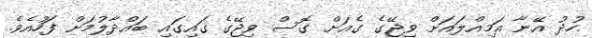
ހުދު އޭނާ އަމިއްލައަށް ވިޖޭގެ ގެއަށް ގޮސް ވިޖޭގެ ގައިގައި ބައްދާލުމަށް ފަހުއެވެ.